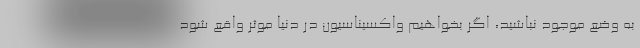
به وضع موجود نباشید، اگر بخواهیم واکسیناسیون در دنیا موثر واقع شود